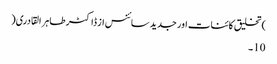
)تخلیق کائنات اور جدید سائنس از ڈاکٹر طاہر القادری(
10۔